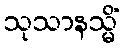
သုသာနသ္မိံ